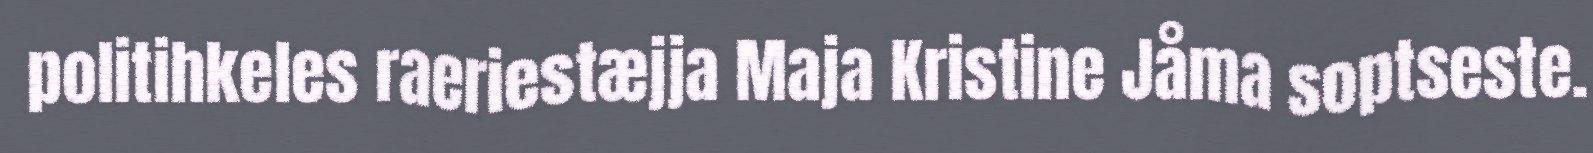
politihkeles raeriestæjja Maja Kristine Jåma soptseste.